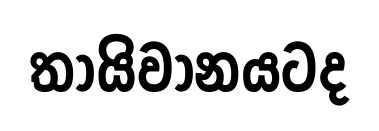
තායිවානයටද